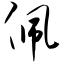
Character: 佩